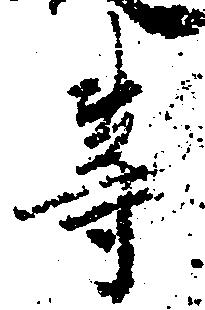
等